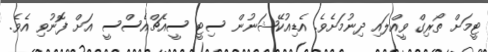
ޓީމަށް ތޯރިގް ވީއްލައި ދިނުމަށެވެ. އެޑިއުކޭޝަނުން ސިޓީ ސީއެޗްއެސްސީ އަށް ފޮނުވި އެވެ.